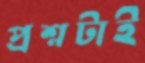
প্রশ্নটাই